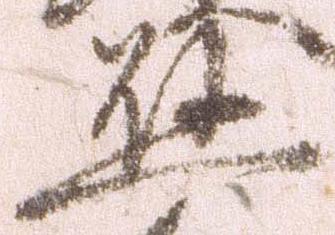
懸